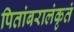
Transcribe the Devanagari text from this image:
पितांबरालंकृतं